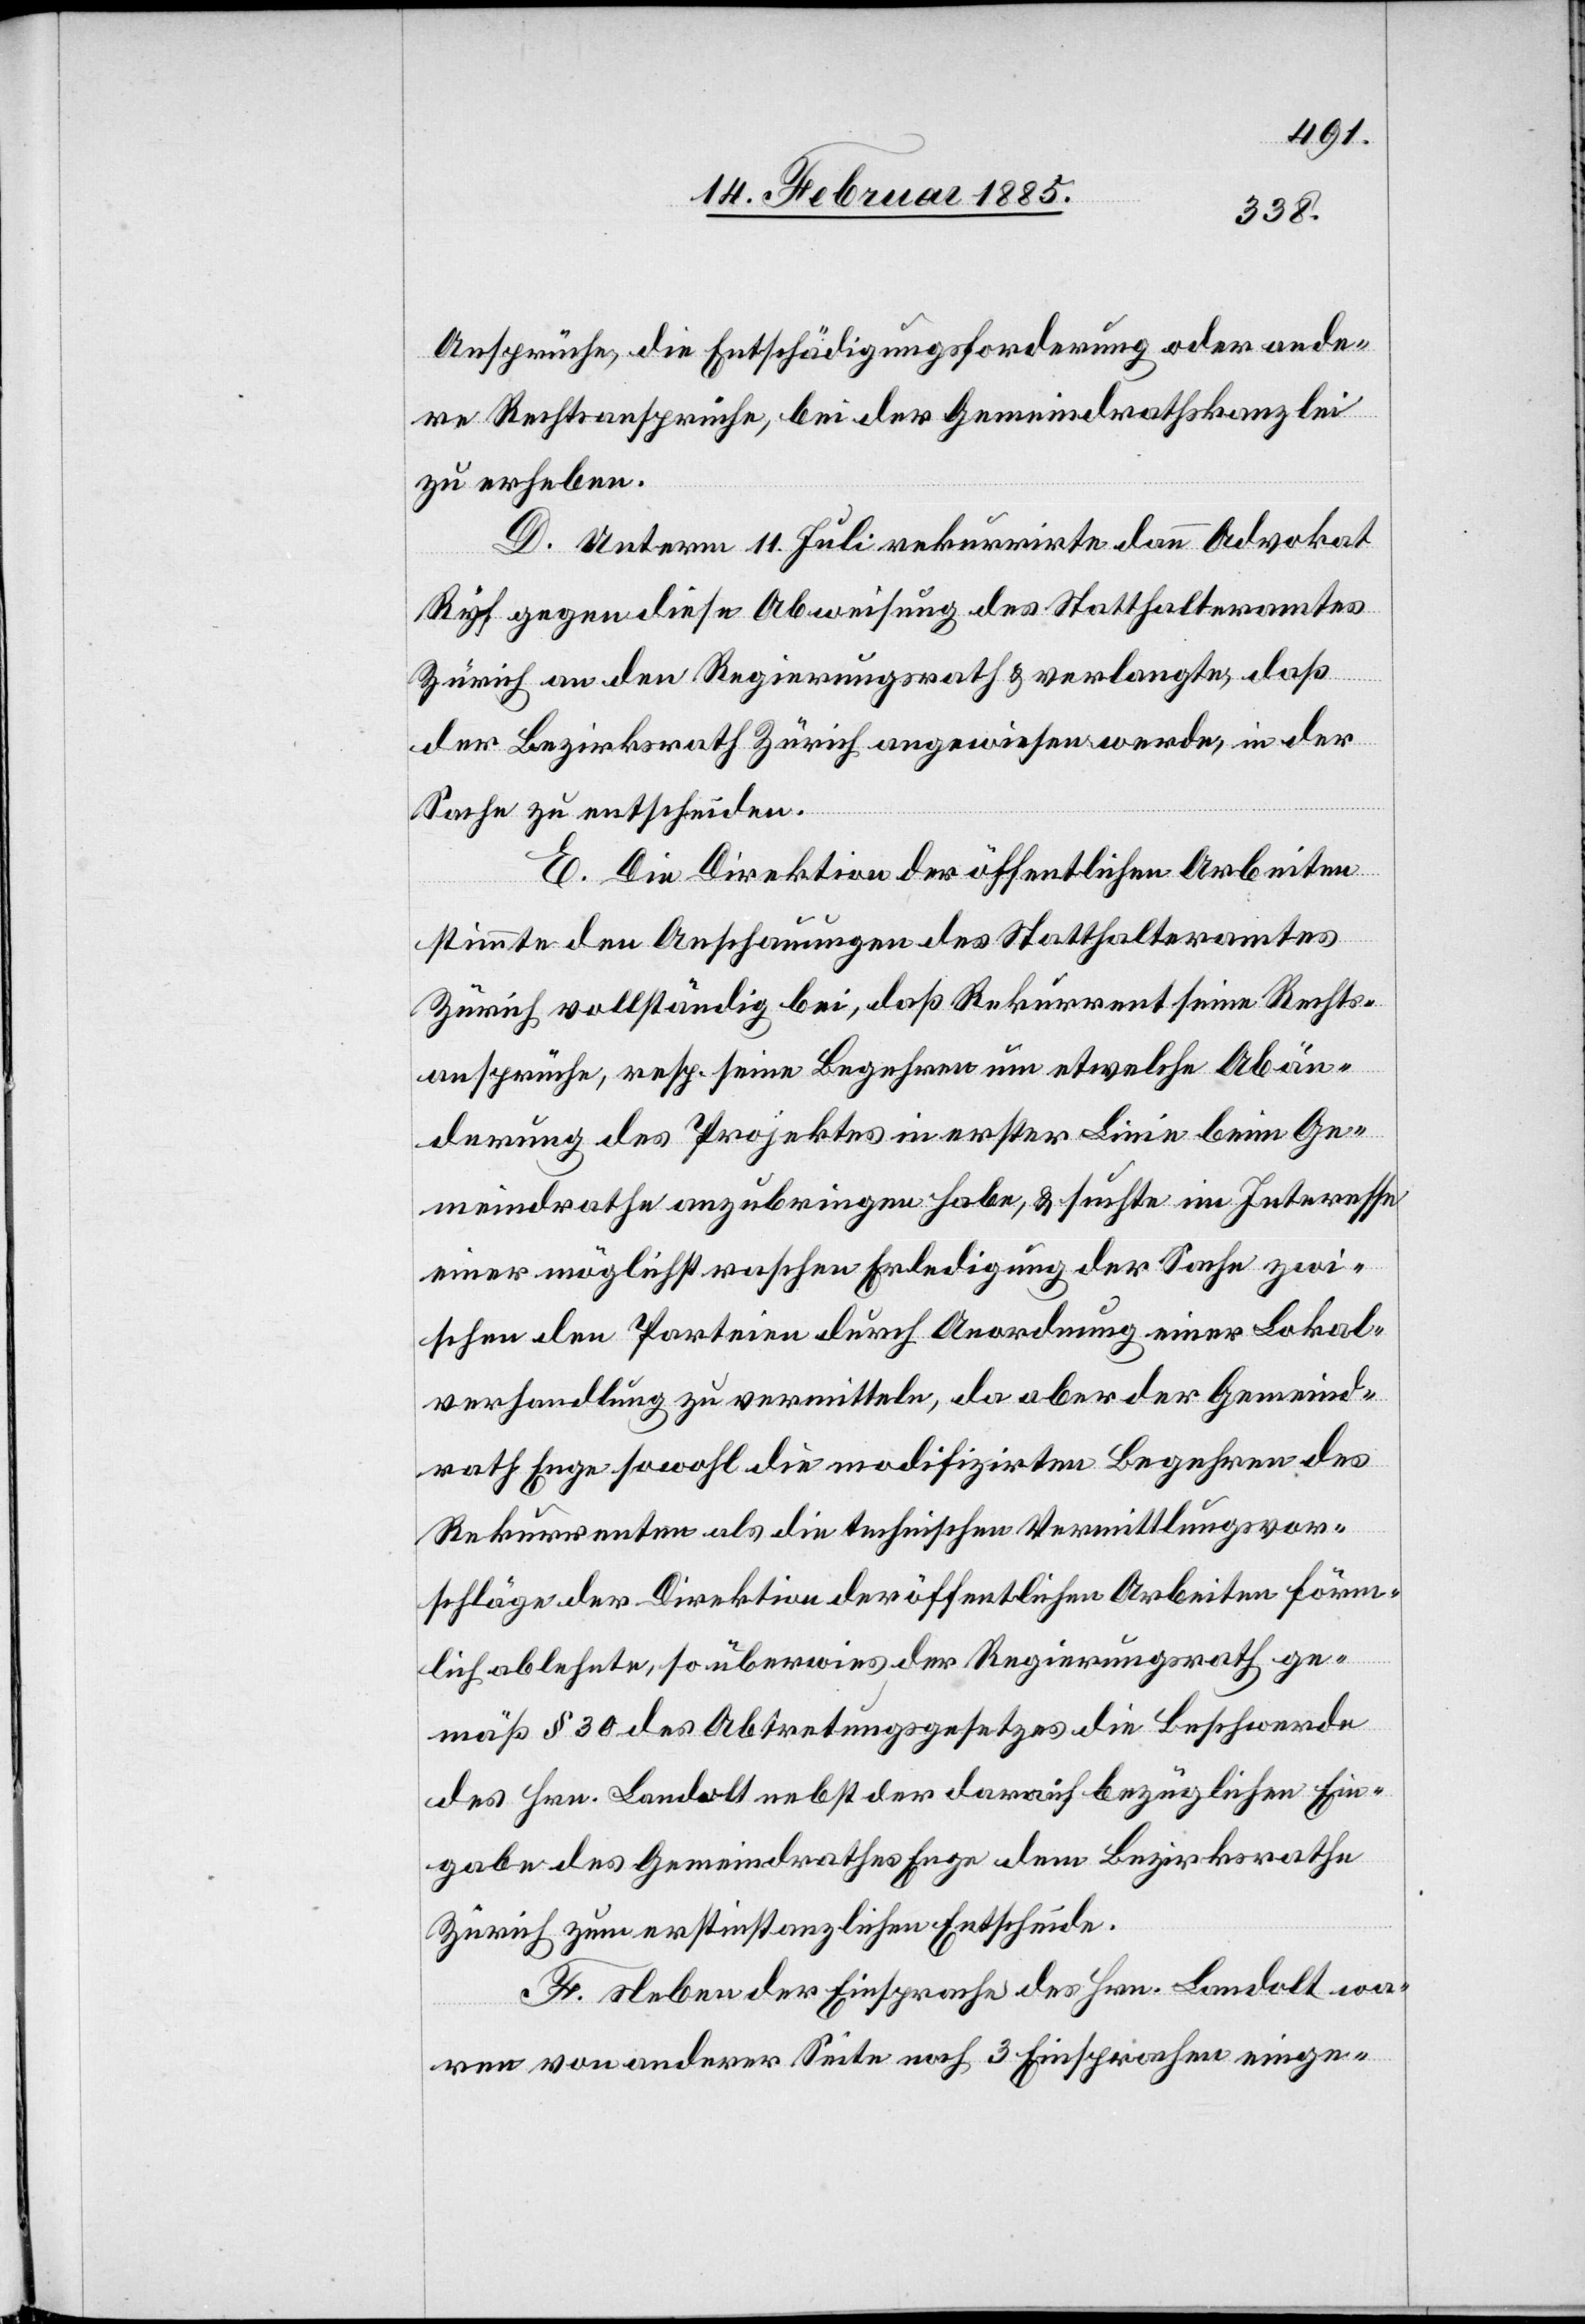
Ansprüche, die Entschädigungsforderung oder ande¬
re Rechtsansprüche, bei der Gemeindrathskanzlei
zu erheben.
D. Unterm 11. Juli rekurrirte dann Advokat
Ryf gegen diese Abweisung des Statthalteramtes
Zürich an den Regierungsrath & verlangte, daß
der Bezirksrath Zürich angewiesen werde, in der
Sache zu entscheiden.
E. Die Direktion der öffentlichen Arbeiten
stimmte den Anschauungen des Statthalteramtes
Zürich vollständig bei, daß Rekurrent seine Rechts¬
ansprüche, resp. seine Begehren um etwelche Abän¬
derung des Projektes in erster Linie beim Ge¬
meindrathe anzubringen habe, & suchte im Interesse
einer möglichst raschen Erledigung der Sache zwi¬
schen den Parteien durch Anordnung einer Lokal¬
verhandlung zu vermitteln, da aber der Gemeind¬
rath Enge sowohl die modifizirten Begehren des
Rekurrenten als die technischen Vermittlungsvor¬
schläge der Direktion der öffentlichen Arbeiten förm¬
lich ablehnte, so überwies der Regierungsrath ge¬
mäß § 30 des Abtretungsgesetzes die Beschwerde
des Hrn. Landolt nebst der darauf bezüglichen Ein¬
gabe des Gemeindrathes Enge dem Bezirksrathe
Zürich zum erstinstanzlichen Entscheide.
F. Neben der Einsprache des Hrn. Landolt wa¬
ren von anderer Seite noch 3 Einsprachen einge-